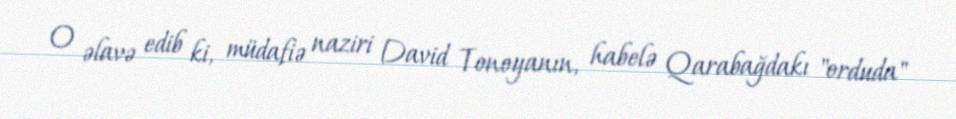
O əlavə edib ki, müdafiə naziri David Tonoyanın, habelə Qarabağdakı "orduda"